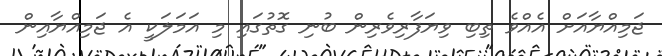
ޖަމިއްޔާއަށް އެއްވެ ތިބި ވިޔަފާރިވެރިން ބުނި ގޮތުގައި މި އަމަލަކީ އެ ޖަމިއްޔާއިން